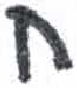
אות: ח